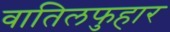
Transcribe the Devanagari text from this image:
वातिलफुहार